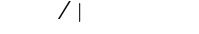
١٢٠